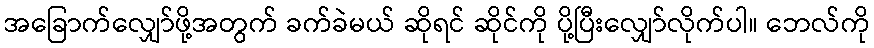
အခြောက်လျှော်ဖို့အတွက် ခက်ခဲမယ် ဆိုရင် ဆိုင်ကို ပို့ပြီးလျှော်လိုက်ပါ။ ဘေလ်ကို